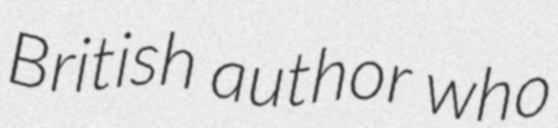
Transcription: British author who